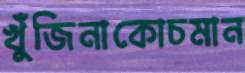
খুঁজিনাকোচমান